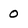
Character: 0